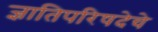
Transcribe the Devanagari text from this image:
ज्ञातिपरिषदेचे